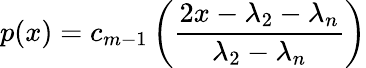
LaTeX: p(x)=c_{m-1}\left({\frac{2x-\lambda_{2}-\lambda_{n}}{\lambda_{2}-\lambda_{n}}}\right)